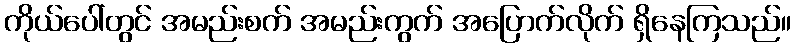
ကိုယ်ပေါ်တွင် အမည်းစက် အမည်းကွက် အပြောက်လိုက် ရှိနေကြသည်။